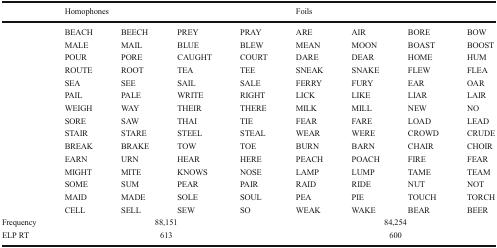
<table><thead><tr><td></td><td colspan="4"><b>Homophones</b></td><td colspan="4"><b>Foils</b></td></tr></thead><tbody><tr><td></td><td>BEACH</td><td>BEECH</td><td>PREY</td><td>PRAY</td><td>ARE</td><td>AIR</td><td>BORE</td><td>BOW</td></tr><tr><td></td><td>MALE</td><td>MAIL</td><td>BLUE</td><td>BLEW</td><td>MEAN</td><td>MOON</td><td>BOAST</td><td>BOOST</td></tr><tr><td></td><td>POUR</td><td>PORE</td><td>CAUGHT</td><td>COURT</td><td>DARE</td><td>DEAR</td><td>HOME</td><td>HUM</td></tr><tr><td></td><td>ROUTE</td><td>ROOT</td><td>TEA</td><td>TEE</td><td>SNEAK</td><td>SNAKE</td><td>FLEW</td><td>FLEA</td></tr><tr><td></td><td>SEA</td><td>SEE</td><td>SAIL</td><td>SALE</td><td>FERRY</td><td>FURY</td><td>EAR</td><td>OAR</td></tr><tr><td></td><td>PAIL</td><td>PALE</td><td>WRITE</td><td>RIGHT</td><td>LICK</td><td>LIKE</td><td>LIAR</td><td>LAIR</td></tr><tr><td></td><td>WEIGH</td><td>WAY</td><td>THEIR</td><td>THERE</td><td>MILK</td><td>MILL</td><td>NEW</td><td>NO</td></tr><tr><td></td><td>SORE</td><td>SAW</td><td>THAI</td><td>TIE</td><td>FEAR</td><td>FARE</td><td>LOAD</td><td>LEAD</td></tr><tr><td></td><td>STAIR</td><td>STARE</td><td>STEEL</td><td>STEAL</td><td>WEAR</td><td>WERE</td><td>CROWD</td><td>CRUDE</td></tr><tr><td></td><td>BREAK</td><td>BRAKE</td><td>TOW</td><td>TOE</td><td>BURN</td><td>BARN</td><td>CHAIR</td><td>CHOIR</td></tr><tr><td></td><td>EARN</td><td>URN</td><td>HEAR</td><td>HERE</td><td>PEACH</td><td>POACH</td><td>FIRE</td><td>FEAR</td></tr><tr><td></td><td>MIGHT</td><td>MITE</td><td>KNOWS</td><td>NOSE</td><td>LAMP</td><td>LUMP</td><td>TAME</td><td>TEAM</td></tr><tr><td></td><td>SOME</td><td>SUM</td><td>PEAR</td><td>PAIR</td><td>RAID</td><td>RIDE</td><td>NUT</td><td>NOT</td></tr><tr><td></td><td>MAID</td><td>MADE</td><td>SOLE</td><td>SOUL</td><td>PEA</td><td>PIE</td><td>TOUCH</td><td>TORCH</td></tr><tr><td></td><td>CELL</td><td>SELL</td><td>SEW</td><td>SO</td><td>WEAK</td><td>WAKE</td><td>BEAR</td><td>BEER</td></tr><tr><td>Frequency</td><td colspan="4">88,151</td><td colspan="4">84,254</td></tr><tr><td>ELP RT</td><td colspan="4">613</td><td colspan="4">600</td></tr></tbody></table>